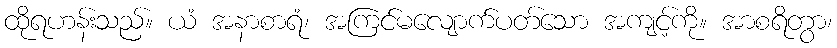
ထိုရဟန်းသည်။ ယံ အနာစာရံ၊ အကြင်မလျောက်ပတ်သော အကျင့်ကို။ အာစရိတွာ၊